Civil Veterinary Dept. Assam report 1911-1927 - 1911-1927
Year: 1911
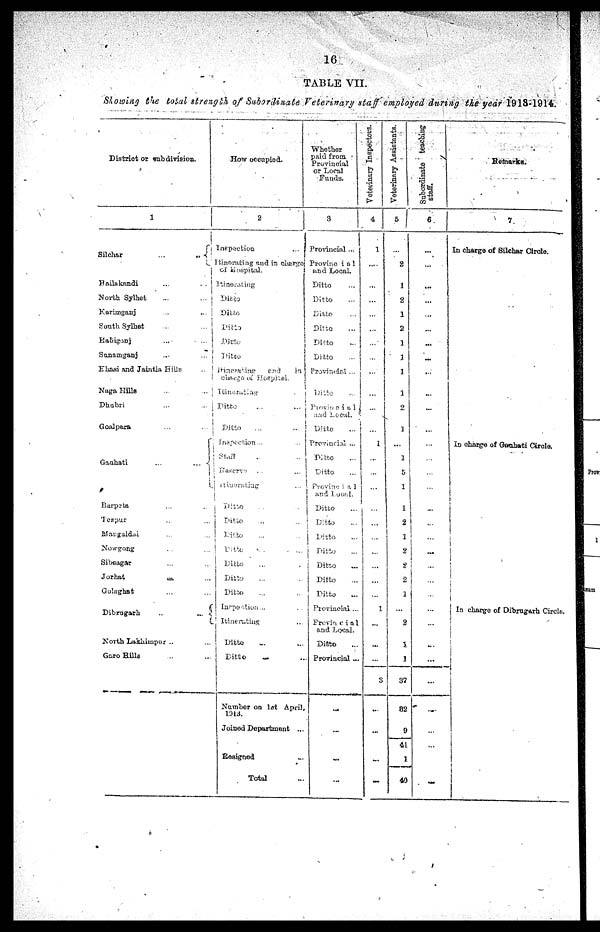
16
TABLE VII.
Slowing the total strength of Subordinate Veterinary staff employed during the year 1913-1914.
District or subdivision.
1
Silchar
... ...
Hailakandi ... ...
North Sylhet ... ...
Karimganj ... ...
South Sylhet ... ...
Habiganj ... ...
Sunamganj ... ...
Khasi and Jaintia Hills ...
Naga Hills ... ...
Dhubri ... ...
Goalpara ... ...
Gauhati
...
...
Barpata ... ...
Tezpur ...
Mangaldai ...
Nowgong ...
Sibsagar ...
Jorhat
...
Golaghat ...
Dibragarh ...
North Lakhimpur ...
Garo Hills ...
How occupied.
2
Inspection ...
Itinerating and in charge
of Hospital..
Itinerating
Ditto
Ditto
Ditto
Ditto
Ditto
Itinerating
and
an
charge of Hospital.
Intinerating
Ditto
Ditto ... ...
Inspection.-.
staff
Reserve ... ...
Itinerating
...
Ditto ... ...
Ditto ... ...
Ditto ... ...
Ditto ... ...
Ditto ... ...
Ditto ... ...
Ditto ... ...
Inspection ... ...
Itinerating ...
Ditto ... ...
Ditto ... ...
Number on lst April,
1013.
Joined Department ...
Resigned ...
Total
Whether
paid from
Provincial
or Local
Funds.
3
Provincial ...
Provincial
and Local.
Ditto
Ditto ...
Ditto ...
Ditto
Ditto
Ditto ...
Provincial ...
Ditto
Provincial
and Local.
Ditto
Provincial ...
Ditto ...
Ditto
Provincial
and Local.
Ditto
Ditto
Ditto ...
Ditto
Ditto
Ditto
Ditto
Provincial ...
Provin c i a 1
and Local,
Ditto
Provincial ...
...
...
...
...
Veterinary Inspectors.
4
1
...
...
...
...
1
...
...
...
...
...
1
...
...
...
3
...
...
...
...
Veterinary Assistants.
5
8
1
2
1
2
1
J
1
1
2
1
...
1
5
1
1
2
1
2
2
2
1
2
1
1
37
82
9
41
1
49
Subordinate teaching
staff.
6
...
...
...
...
...
...
i -
...
...
...
...
...
...
...
...
Remarks.
7
In charge of Silchar Circle.
In charge of Gauhati Circle.
|
1
i
In charge of Dibrugarh Circle.